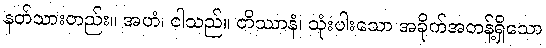
နတ်သားတည်း။ အဟံ၊ ငါသည်။ တိဿာနံ၊ သုံးပါးသော အခိုက်အတန့်ရှိသော